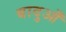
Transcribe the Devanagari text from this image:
बादुआँ